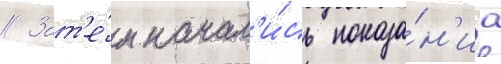
// Зат'е́м начал'и́сь показа́н'иа